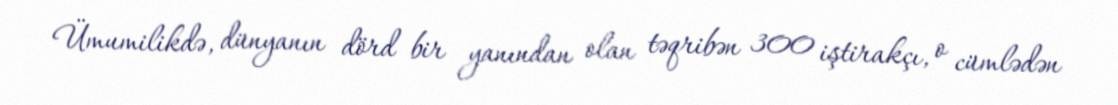
Ümumilikdə, dünyanın dörd bir yanından olan təqribən 300 iştirakçı, o cümlədən